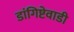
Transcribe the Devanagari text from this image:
डांगिष्टेवाडी